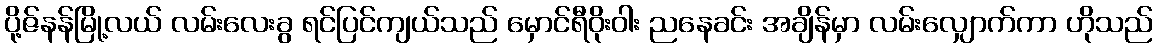
ပို့ဇ်နန်မြို့လယ် လမ်းလေးခွ ရင်ပြင်ကျယ်သည် မှောင်ရီဝိုးဝါး ညနေခင်း အချိန်မှာ လမ်းလျှောက်ကာ ဟိုသည်